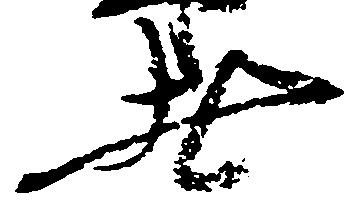
者